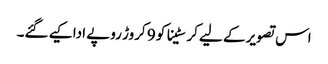
اس تصویر کے لیے کرسٹینا کو 9 کروڑ روپے ادا کیے گئے۔